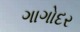
ગાગોદર